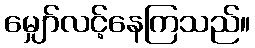
မျှော်လင့်နေကြသည်။